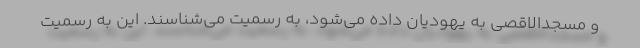
و مسجدالاقصی به یهودیان داده می‌شود، به رسمیت می‌شناسند. این به رسمیت